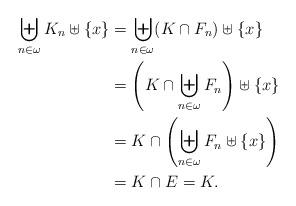
LaTeX: \begin{align*} \biguplus_{n\in\omega} K_n \uplus \{x\} &= \biguplus_{n\in\omega} (K\cap F_n) \uplus \{x\}\\ &= \left(K\cap\biguplus_{n\in\omega} F_n\right) \uplus \{x\}\\ &= K\cap\left(\biguplus_{n\in\omega} F_n\uplus \{x\}\right) \\ &= K \cap E = K. \end{align*}